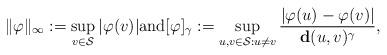
LaTeX: \begin{align*}\|\varphi\|_{\infty}: = \sup_{v \in \mathcal{S}} |\varphi(v)|\mbox{and} [\varphi]_{\gamma} : = \sup_{u, v \in \mathcal{S}: u \neq v} \frac{|\varphi(u) - \varphi(v)|}{\mathbf{d}(u, v)^{\gamma}}, \end{align*}